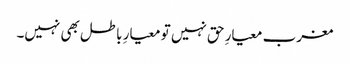
مغرب معیارِ حق نہیں تو معیارِ باطل بھی نہیں۔